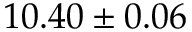
1 0 . 4 0 \pm 0 . 0 6